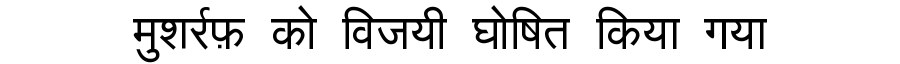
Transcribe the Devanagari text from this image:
मुशर्रफ़ को विजयी घोषित किया गया